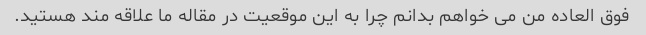
فوق العاده من می خواهم بدانم چرا به این موقعیت در مقاله ما علاقه مند هستید.